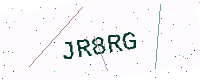
Text: JR8RG